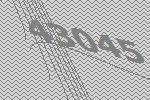
43045